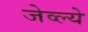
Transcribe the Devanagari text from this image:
जेव्ल्ये